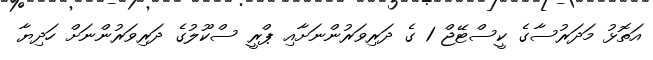
އަތޮޅު މަދަރުސާގެ ކީސްޓޭޖް 1 ގެ ދަރިވަރުންނަށާއި ޕްރީ ސްކޫލުގެ ދަރިވަރުންނަށް ހަދިޔާ